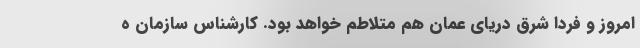
امروز و فردا شرق دریای عمان هم متلاطم خواهد بود. کارشناس سازمان ه